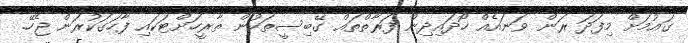
ގައުމަށް މިފަދަ ރަން ވަނައެއް ހޯދައިދިން ފަރާތްތައް ގޭބިސީތަކުން ތާރީހަށްޓަކައި ފާހަގަކުރަން ޖެހޭ.